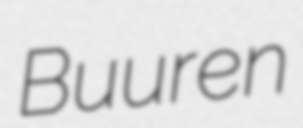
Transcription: Buuren